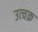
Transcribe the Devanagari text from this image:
उत्चक्र